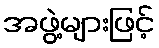
အဖွဲ့များဖြင့်